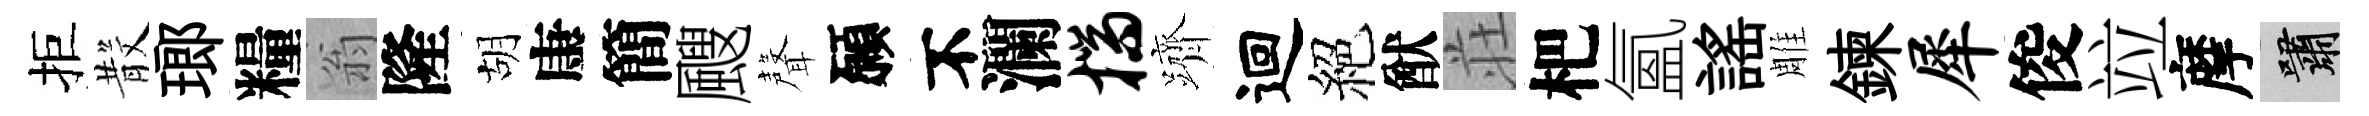
拒𣪚瑯糧翁隆胡康簡颼聲願不瀾揣躋迴絕猷荘杷氳謡雕鍊犀俊竝摩嘯